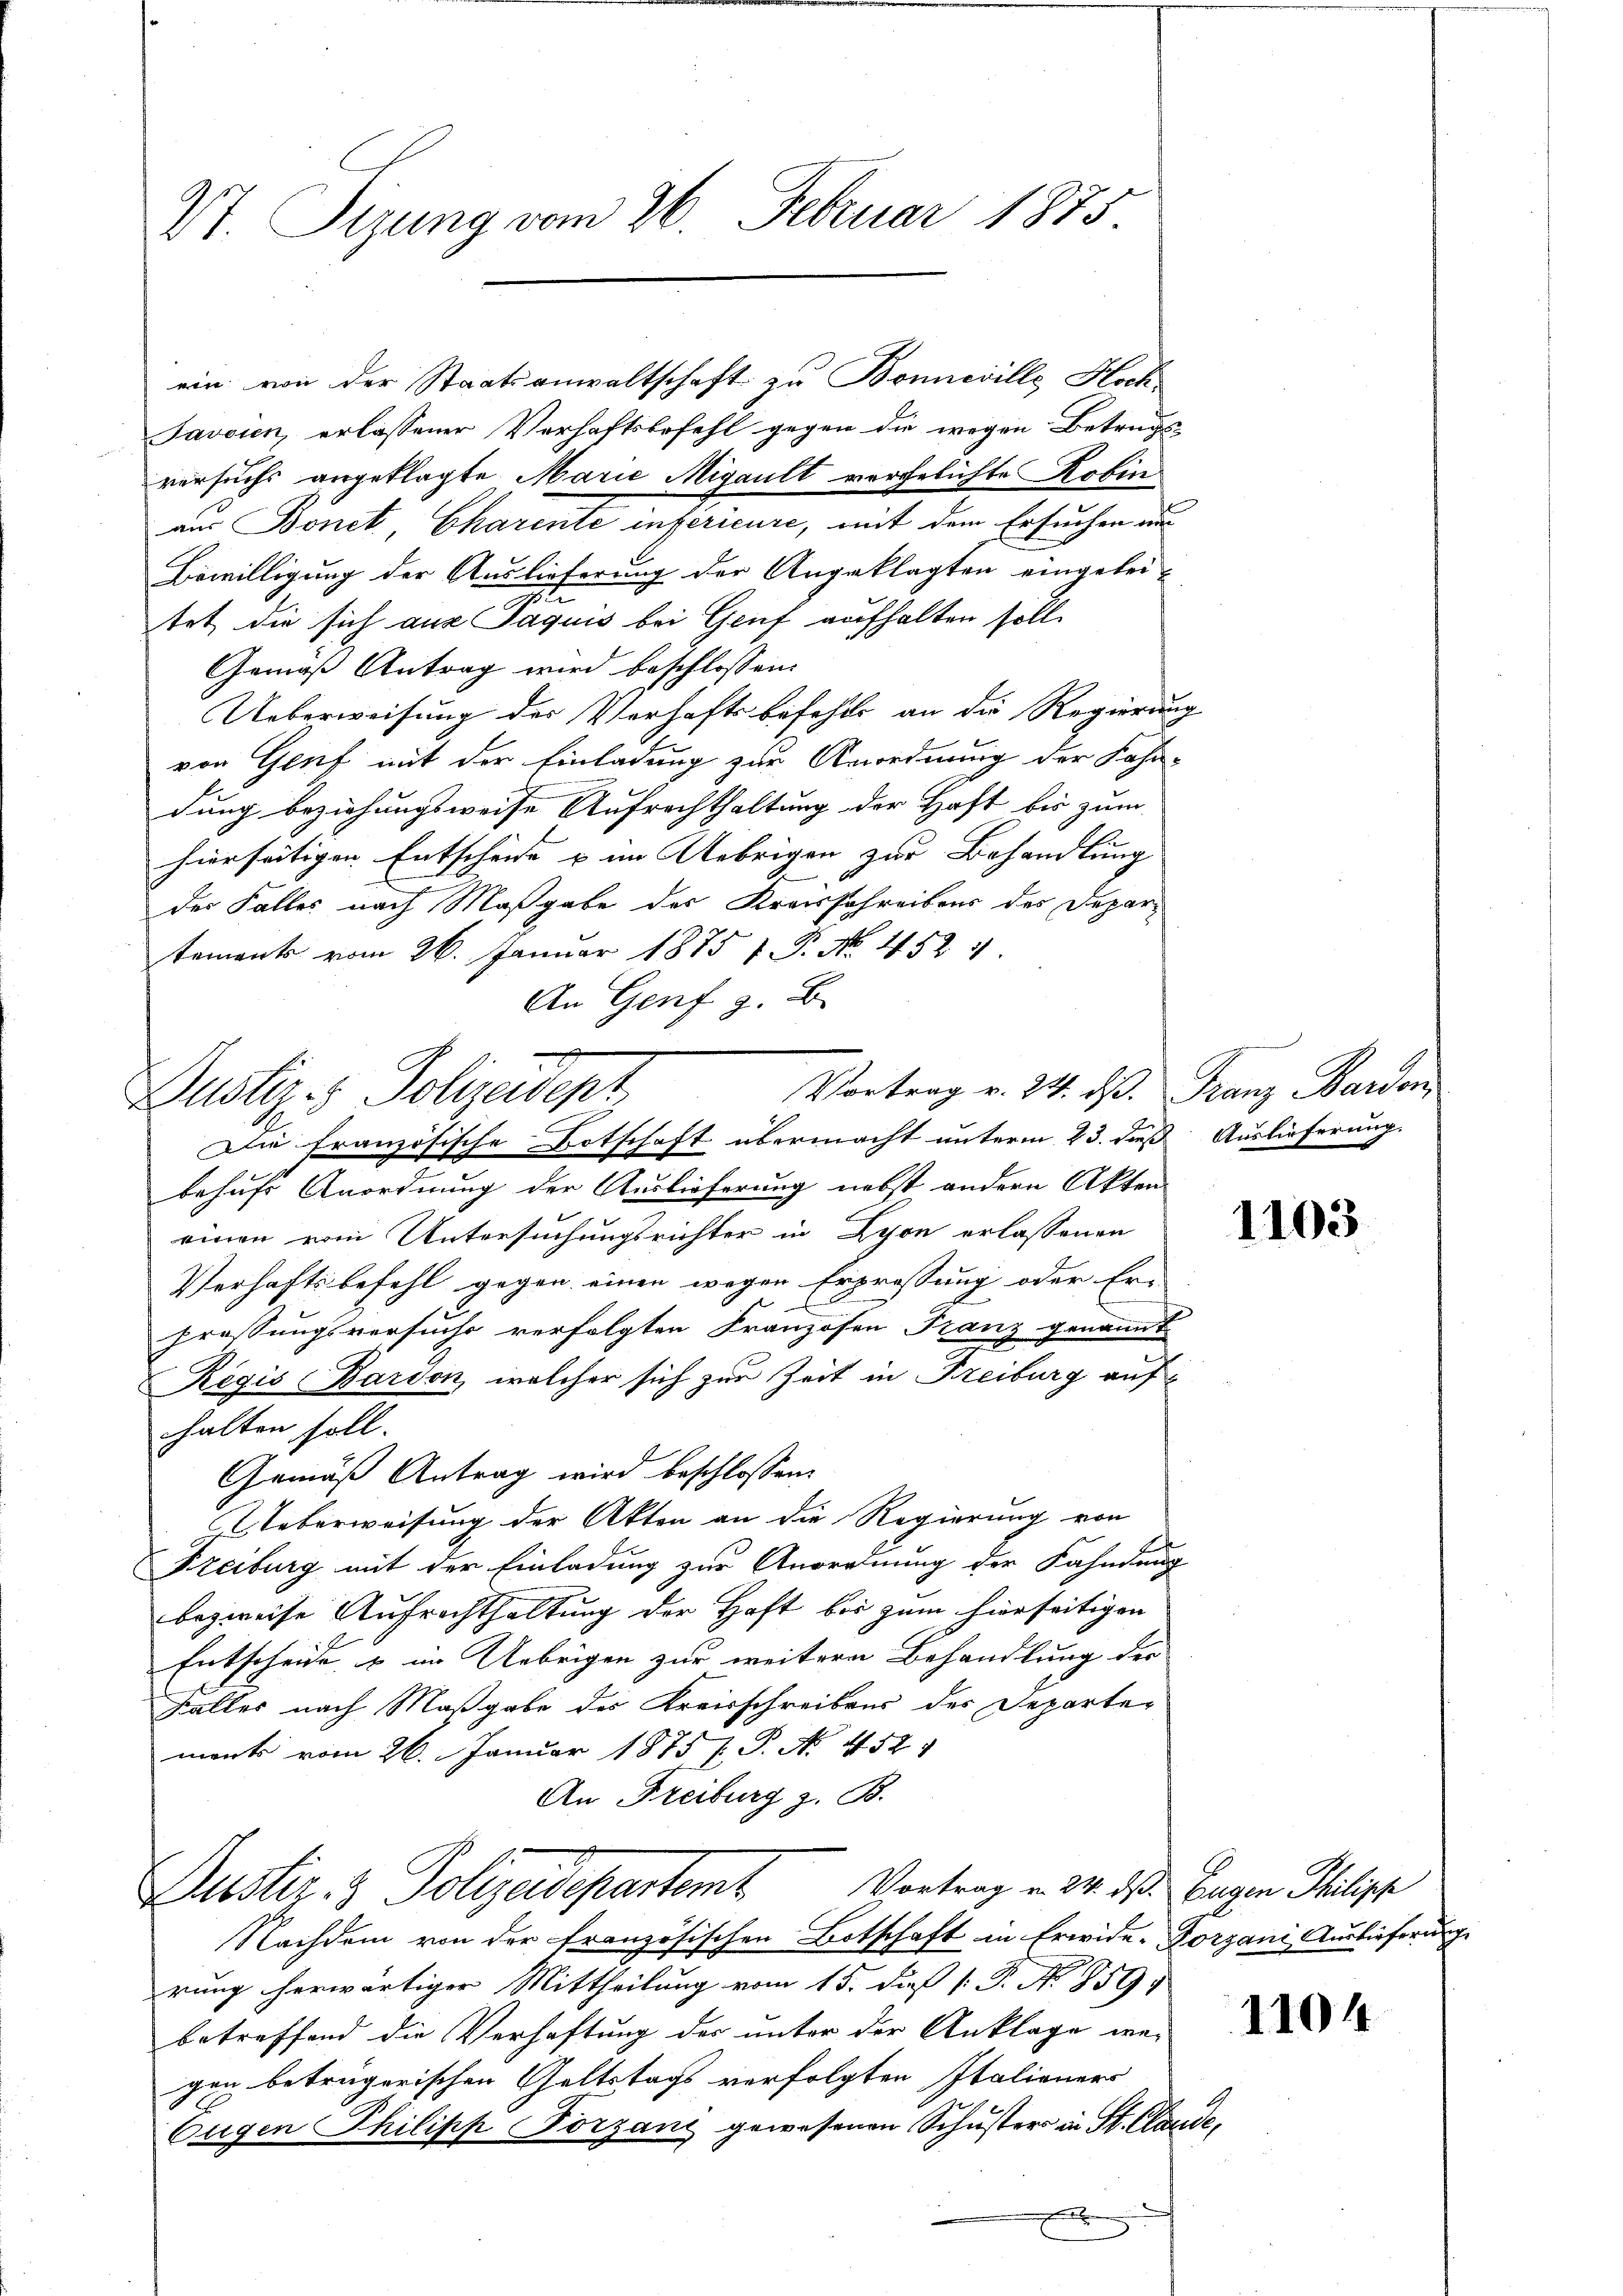
Vt. Sigung vom 26. Februar 1875.

ein von der Staatsanwaltschaft zu Bonneville, Hoch
Javoren, erlassener Verhaftsbefehl gegen die wegen Betrugs
versuchs angeklagte Marie Migault vergelichte Robin
aus Bonet, Charente inferieure, mit dem Ersuchen aus
Bewilligung der Auslieferung der Angeklagten eingeleitet, die sich aus Jaquis bei Genf aufhalten soll.
Gemäß Antrag wird beschlossen:
Ueberweisung der Verhaftsbefehls an die Regierung
von Genf mit der Einladung zur Anordnung der Fahr-
dung beziehungsweise Aufrechthaltung der Haft bis zum
hierseitigen Entscheide u im Uebrigen zur Behandlung
der Falles nach Maßgabe des Kreisschreibens des Departements vom 26. Januar 1875 V. P. No. 452. 4
An Genf z. B.
Vortrag v. 24. ds. Franz Barden
behufs Anordnung der Auslieferung nebst andern Akten
einen vom Untersuchungsrichter in Lyon erlassenen
Verhaftsbefehl gegen einen wegen Erpressung oder Er-
n
prossungsversuche verfolgten Franzosen Franz genannt
Regis Barson, welcher sich zur Zeit in Freiburg auf
halten soll.
Gemäß Antrag wird beschlossen:
 Ueberweisung der Akten an die Regierung von
Freiburg mit der Einladung zur Anordnung der Fahndung
bezweife Aufrechthaltung der Haft bis zum hierseitigen
Entscheide & im Uebrigen zur weitere Behandlung der |
Falles nach Maßgabe des Kreisschreibens des Departer
monts vom 26. Januar 1875 P. P. Nr. 452
An Freiburg z. B.
Dustiz- & Polizeidepartemt. Vortrag v. 24. ds Eigen Philippe
Nachdem von der französischen Botschaft in Erwide-Forgani Auslieferung
rung herwärtiger Mittheilung vom 15. dieß P. P. N. 859
betreffend die Verhaftung des unter der Anklage we-
gen betrügerischen Geltstags verfolgten Italieners
Eugen Philipp Torzani gewesenen Schusters in St. Claude,
e

Dustiz & Polizeident
Die französische Botschaft übermacht unterm 23. daß Auslieferung.

1103

1104